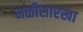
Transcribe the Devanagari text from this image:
नळीसारखा